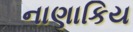
નાણાકિય